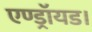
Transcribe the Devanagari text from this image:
एण्ड्रॉयड।